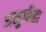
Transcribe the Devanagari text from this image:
अनुगीता